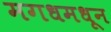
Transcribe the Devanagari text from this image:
मगधमधून